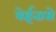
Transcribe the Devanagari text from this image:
येईनासे